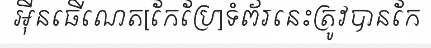
អ៊ីនធើណេត[កែប្រែ]ទំព័រនេះត្រូវបានកែ